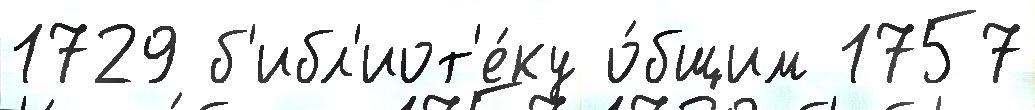
1729 б'ибл'иот'е́ку о́бщим 1757